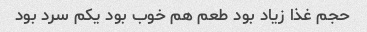
حجم غذا زیاد بود طعم هم خوب بود یکم سرد بود